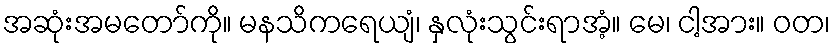
အဆုံးအမတော်ကို။ မနသိကရေယျံ၊ နှလုံးသွင်းရာအံ့။ မေ၊ ငါ့အား။ ဝတ၊